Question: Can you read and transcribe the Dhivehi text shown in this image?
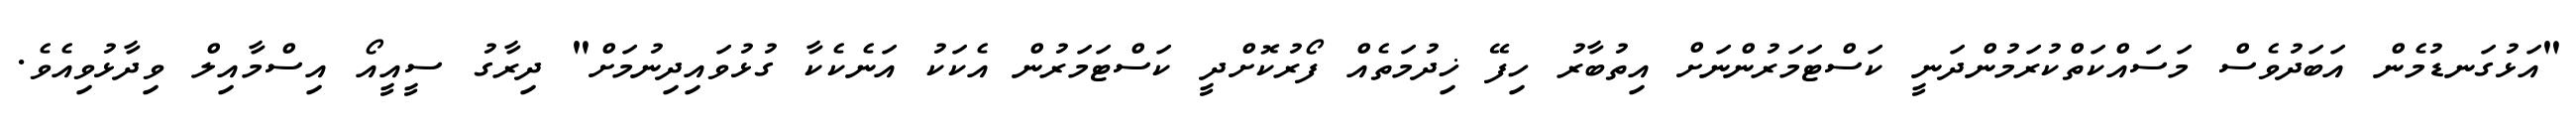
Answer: "އަޅުގަނޑުމެން އަބަދުވެސް މަސައްކަތްކުރަމުންދަނީ ކަސްޓަމަރުންނަށް އިތުބާރު ހިފޭ ޚިދުމަތެއް ފޯރުކޮށްދީ ކަސްޓަމަރުން އެކަކު އަނެކެކާ ގުޅުވައިދިނުމަށް" ދިރާގު ސީއީއޯ އިސްމާއިލް ވިދާޅުވިއެވެ.